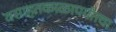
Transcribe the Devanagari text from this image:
वसाहतकाळापर्यंतचा